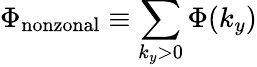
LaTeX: \Phi_{\mathrm{nonzonal}}\equiv\sum_{k_{y}>0}\Phi(k_{y})